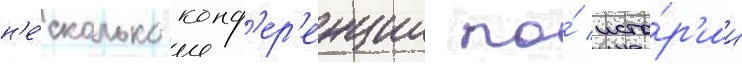
н'е́сколько конф'ер'енции по́ исто́р'ии